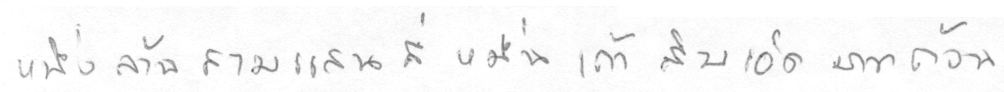
หนึ่งล้านสามแสนสี่หมื่นเก้าสิบเอ็ดบาทถ้วน